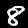
Label: 8